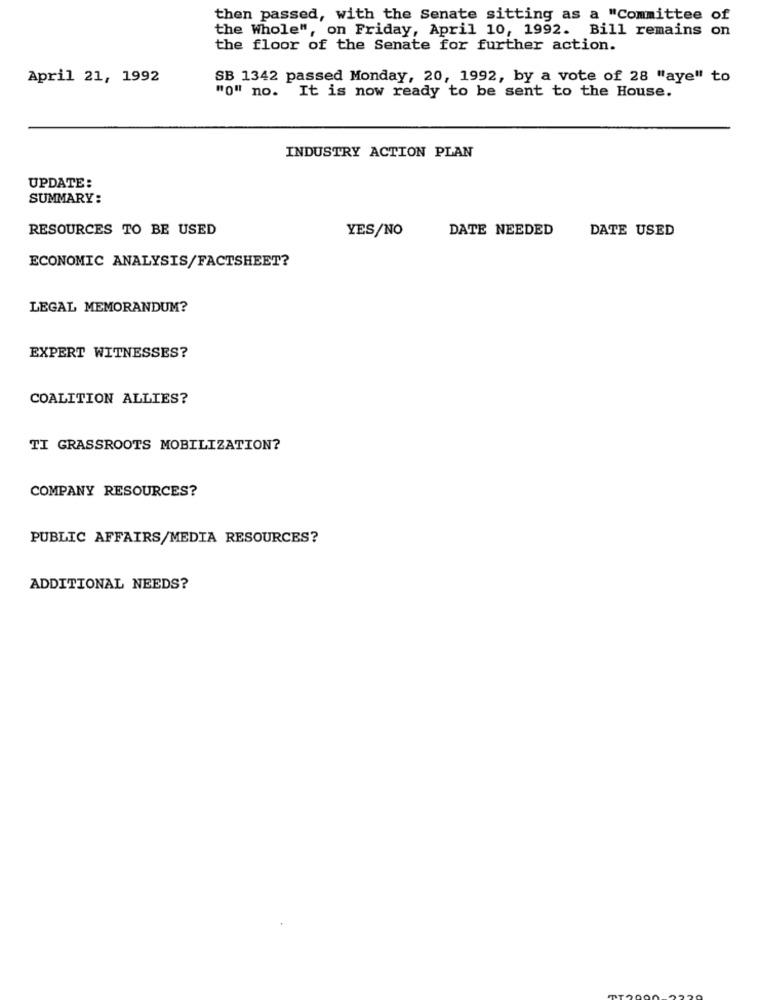
then passed, with the Senate sitting as a "Committee of
the Whole", on Friday, April 10, 1992. Bill remains on
the floor of the Senate for further action.
April 21, 1992
SB 1342 passed Monday, 20, 1992, by a vote of 28 "aye" to
"0" no. It is now ready to be sent to the House.
INDUSTRY ACTION PLAN
UPDATE:
SUMMARY:
RESOURCES TO BE USED
YES/NO
DATE NEEDED
DATE USED
ECONOMIC ANALYSIS/FACTSHEET?
LEGAL MEMORANDUM?
EXPERT WITNESSES?
COALITION ALLIES?
TI GRASSROOTS MOBILIZATION?
COMPANY RESOURCES?
PUBLIC AFFAIRS/MEDIA RESOURCES?
ADDITIONAL NEEDS?